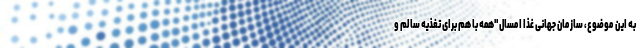
به این موضوع، سازمان جهانی غذا امسال "همه با هم برای تغذیه سالم و